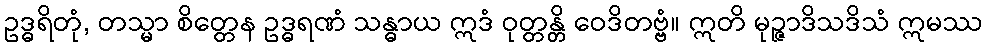
ဥဒ္ဓရိတုံ, တသ္မာ စိတ္တေန ဥဒ္ဓရဏံ သန္ဓာယ ဣဒံ ဝုတ္တန္တိ ဝေဒိတဗ္ဗံ။ ဣတိ မုဉ္ဇာဒိသဒိသံ ဣမဿ